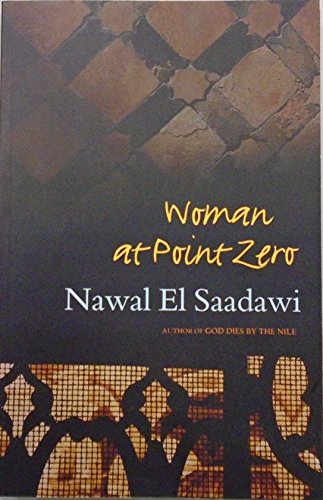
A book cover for Woman at Point Zero; Nawal El Saadawi; Literature & Fiction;